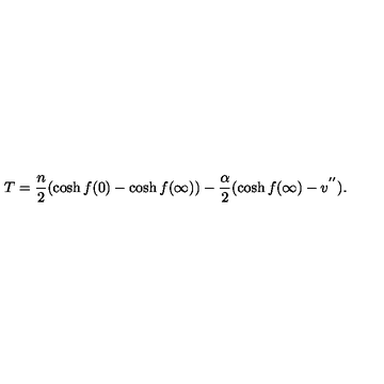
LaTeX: T = \frac { n } { 2 } ( \cosh f ( 0 ) - \cosh f ( \infty ) ) - \frac { \alpha } { 2 } ( \cosh f ( \infty ) - v ^ { ' ^ { \prime } } ) .